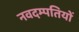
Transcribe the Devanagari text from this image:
नवदम्पतियों